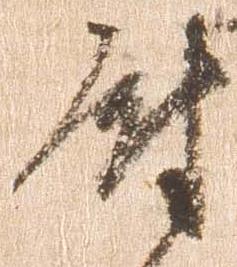
尉